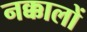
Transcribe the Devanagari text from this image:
नक्कालों